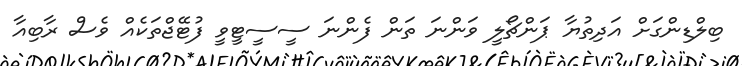
ބިލްޑިންގަށް އަދިތުޔާ ޕަންޗޯލީ ވަންނަ ތަން ފެންނަ ސީސީޓީވީ ފުޓޭޖްތަކެއް ވެސް ރާބިއާ